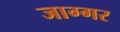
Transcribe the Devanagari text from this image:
जाग्गर